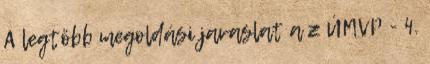
A legtöbb megoldási javaslat a z ÚMVP - 4.